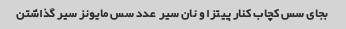
بجای سس کچاب کنار پیتزا و نان سیر  عدد سس مایونز سیر گذاشتن